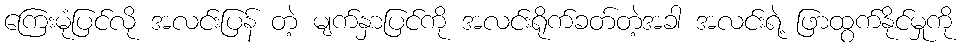
ကြေးမုံပြင်လို အလင်းပြန် တဲ့ မျက်နှာပြင်ကို အလင်းရိုက်ခတ်တဲ့အခါ အလင်းရဲ့ ဖြာထွက်နိုင်မှုကို